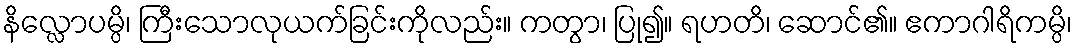
နိလ္လောပမ္ပိ၊ ကြီးသောလုယက်ခြင်းကိုလည်း။ ကတွာ၊ ပြု၍။ ရဟတိ၊ ဆောင်၏။ ဧကာဂါရိကမ္ပိ၊